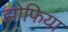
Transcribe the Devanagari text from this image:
झोफिया